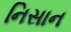
નિસાન